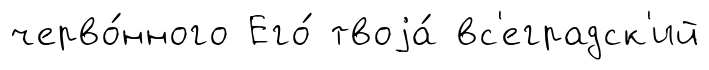
черво́нного Его́ твоjа́ вс'еградск'ий